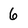
Character: 6